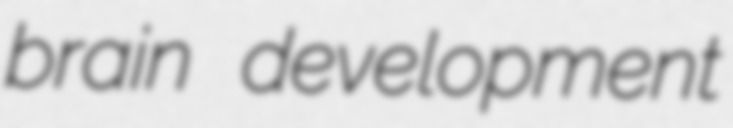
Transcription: brain development